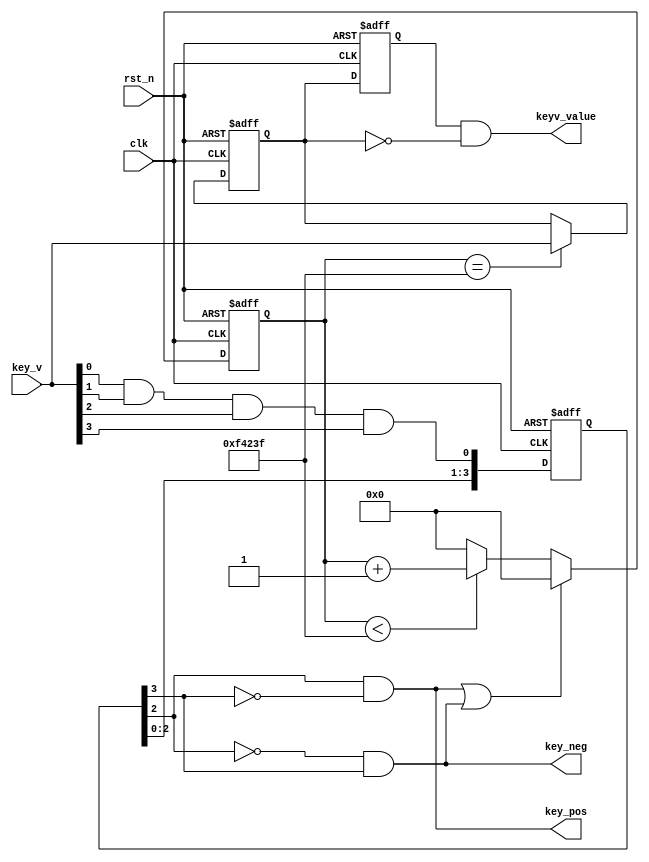
module sigkeyscan(
			input clk,						//25MHz
			input rst_n,					//
			input[3:0] key_v,				//4
			output[3:0] keyv_value,		//	
			output key_neg,				//	
			output key_pos					//
    		);

//-------------------------------------
//
wire key;			//
reg[3:0] keyr;  	//key

assign key = key_v[0] & key_v[1] & key_v[2] & key_v[3];

always @(posedge clk or negedge rst_n)
    if (!rst_n) keyr <= 4'b1111;
    else keyr <= {keyr[2:0],key};

assign key_neg = ~keyr[2] & keyr[3];	//	
assign key_pos = keyr[2] & ~keyr[3];	//

//-------------------------------------
//
reg[19:0]  cnt;	

	//
always @ (posedge clk or negedge rst_n)
   if (!rst_n) cnt <= 20'd0;	
	else if(key_pos || key_neg) cnt <= 20'd0;
	else if(cnt < 20'd999_999) cnt <= cnt + 1'b1;
	else cnt <= 20'd0;
  
reg[3:0] key_value[1:0];

	//
always @(posedge clk or negedge rst_n)
    if (!rst_n) begin
		key_value[0] <= 4'b1111;
		key_value[1] <= 4'b1111;
	end
	else begin 
		key_value[1] <= key_value[0];		
		if(cnt == 20'd999_999) key_value[0] <= key_v;	//
		else ;	
	end

assign keyv_value = key_value[1] & ~key_value[0];		//

  
endmodule